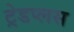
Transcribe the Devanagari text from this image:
ट्रेडप्लस